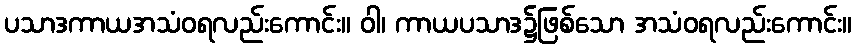
ပသာဒကာယအသံဝရလည်းကောင်း။ ဝါ၊ ကာယပသာဒ၌ဖြစ်သော အသံဝရလည်းကောင်း။